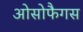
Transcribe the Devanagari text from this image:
ओसोफैगस